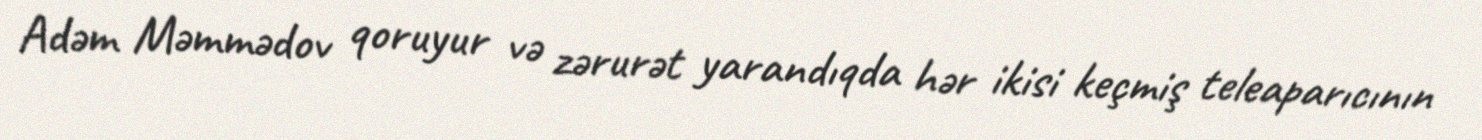
Adəm Məmmədov qoruyur və zərurət yarandıqda hər ikisi keçmiş teleaparıcının